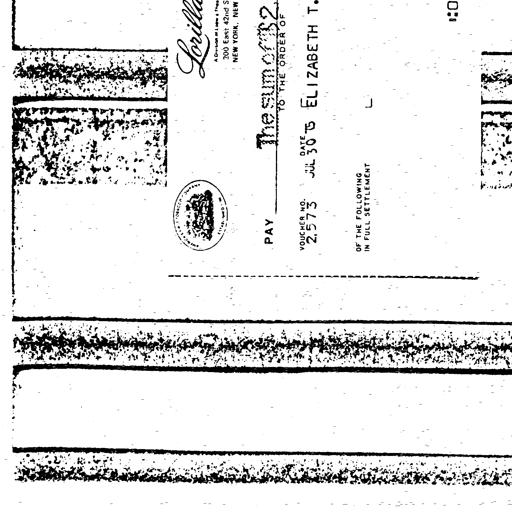
Lorilla
A Division of Lorillard Tobacco Company
200 East 42nd Street
NEW YORK, NEW YORK 10017
The sum of 32.
PAY
TO THE ORDER OF
VOUCHER NO. DATE
2573 JUL 30 '75 ELIZABETH T.
OF THE FOLLOWING
IN FULL SETTLEMENT